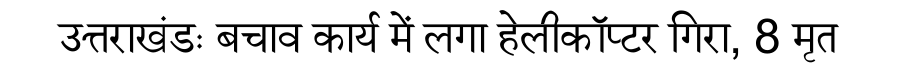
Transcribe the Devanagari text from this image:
उत्तराखंडः बचाव कार्य में लगा हेलीकॉप्टर गिरा, 8 मृत